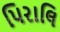
પિરાલિ